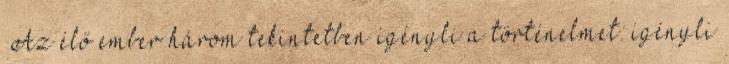
„Az élő ember három tekintetben igényli a történelmet: igényli